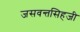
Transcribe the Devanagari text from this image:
जसवन्तसिहजी